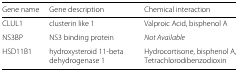
| Gene name | Gene description | Chemical interaction |
 | --- | --- | --- |
 | CLUL1 | clusterin like 1 | Valproic Acid, bisphenol A |
 | NS3BP | NS3 binding protein | Not Available |
 | HSD11B1 | hydroxysteroid 11-beta dehydrogenase 1 | Hydrocortisone, bisphenol A, Tetrachlorodibenzodioxin |